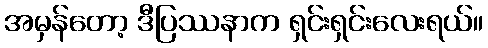
အမှန်တော့ ဒီပြဿနာက ရှင်းရှင်းလေးရယ်။